King Institute of Preventive Medicine Micro-Biological Section reports 1909-11
Year: 1909
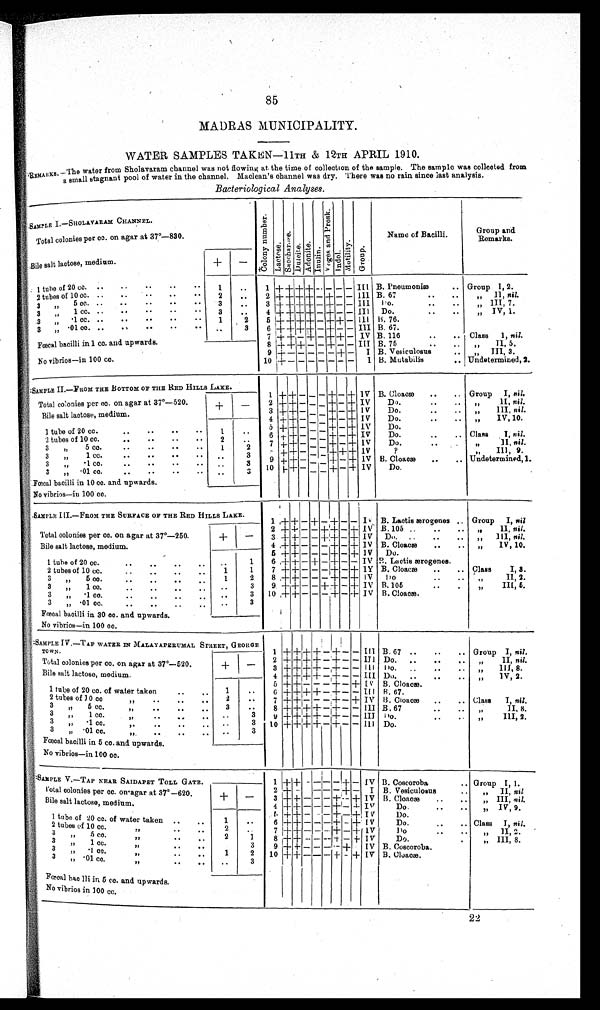
85
MADRAS MUNICIPALITY.
WATER SAMPLES TAKEN—11TH & 12TH APRIL 1910.
REMARKS—The water from Sholavaram channel was not flowing at the time of collection of the sample. The sample was collected from
a small stagnant pool of water in the channel. Maclean's channel was dry. There was no rain since last analysis.
Bacteriological Analyses.
SAMPLE I.—SHOLAVARAM CHANNEL.
C o l o n y n u m b e r . Lactose.Sacchar os e.Dul ci t e.Adonite.Inulin. V o g e s a n d P r o s k . Indol.Mot i l i t y. Group.
Name of Bacilli.
Group and
Remarks.
Total colonies per cc. on agar at 37°—830.
Bile salt lactose, medium.
+
−
1 tube of 20 cc.
1
1
+ + + + − − − −
I I I B . P n e u m o n i æ
Group I, 2.
2 tubes of 10 cc.
2
2 + + + + − + − −
I I I B. 67
„ II, nil.
3 „ 5 cc.
3
3
+ + + + − + − −
I I I
Do.
„ III, 7.
3 „ 1 cc.
3
4 + + + + − + − −
I I I Do.
„ IV, 1.
3 „ •1. cc.
1 2
5 + + + + − + + −
I I I B. 76.
3 „ •01 cc.
3
6 + + + + − + − −
I I I B. 67.
Fœcal bacilli in 1 cc. and upwards.
7 + + − + − + + −
I V B. 116
Class 1, nil.
8 + + + − − + − −
I I I B. 75
„ II, 5.
9 + − − − − − + −
I B. Vesiculosus
„ III, 3.
No vibrios—in 100 cc.
10 + − − − − − − −
I B. Mutabilis
Undetermined, 2.
SAMPLE II.—FROM THE BOTTOM OF THE RED HILLS LAKE.
Total colonies per cc. on agar at 37°—520.
+
−
1
+ + − − − + − +
I V
B. Cloaeæ
Group I, nil.
2 + + − − − + − +
I V
Do.
„ II, nil.
B i l e s a l t l a c t o s e ,
medium
3 + + − − − + − +
I V
Do.
„ III, nil.
4 + + − − − + − + I V
Do.
„ IV, 10.
5 + + − − − + − + I V
Do.
1 tube of 20 cc.
1
6 ++ − − − + − + I V
Do.
Class I, nil.
2 tubes of 10 cc.
2
7 + + − − -− + − +
I V
Do.
„ II, nil.
3 „ 5 cc.
1 2
8 + + − − − + + +
I V
?
„ III,9.
3 „ 1 cc.
3
9 + + − − − + − +
I V B. Cloacæ
Undetermined, 1.
3 „ •1. cc.
3
10 + + − −
− + − +
I V
Do.
3 „ •01 cc.
3
Fœcal bacilli in 10 cc. and upwards.
No vibrios—in 100 cc.
SAMPLE III.—FROM THE SURFACE OF THE RED HILL LAKE.
1 +
+ − + − +
− −
I V B. Lactis ærogenes
Group I, nil
2 + + − − + + − +
I V B. 105
„ II, nil.
Total colonies per cc. on agar at 37°—250.
+
−
3 + + − − + + − +
I V
Do.
„ III, nil.
Bile salt lactose, medium.
4 + + − − − + − +
I V B. Cloacæ
„ IV, 10.
5 + + − − − + − +
I V
Do.
1 tube of 20 cc.
1
6 + + − + − + − −
I V B. Lactis ærogenes.
2 tubes of 10 cc.
1
1
7 + + − − − + − +
I V B. Cloacæ
Class I, 3.
3 „ 5 cc.
1
2
8 + + − − − + − +
I V
Do.
„ II,2.
3 „ 1 cc.
3
9 + + − − + + − +
I V B.105
„ III, 5.
3 „ •1. cc.
3
1 0
+ + − − − + − +
I V B. Cloacæ.
3 „ •01 cc.
3
Fœcal bacilli in 30 cc. and upwards.
No vibrios—in 100 cc.
SAMPLE IV.—TAP WATER IN MALAYAPERUMAL STREET,GEORG
E TOWN.
1 + + + + − + − −
I I I B. 67
Group I, nil.
Total colonies per cc. on agar at 37°—520.
+
−
2 + + + + − + − −
I I I
Do.
„ II, nil.
Bile salt lactose, medium,
3 + + + + − + − −
I I I Do.
„ III, 8.
4 + + + + − + − −
I I I
Do.
„ IV, 2.
5 + + − − − + − +
I V
B. Cloacæ.
1 tube of 20 cc. of water taken.
1
6 + + + + − + − −
I I I B. 67.
2 tubes of 10 cc. „
2
7 + + − − − + − +
I V
B. Cloacæ
Class I, nil.
3 „ 5 cc. „
3
8 + + + + − + − −
I I I B, 67
„ II, 8.
3 „ 1 cc. „
3
9 + + + + − + − −
I I I
Do.
„ III, 2.
3 „ •1. cc. „
3
1 0
+ + + + − + − −
I I I
Do.
3 „ •01 cc. „
3
Fœcal bacilli in 5 cc. and upwards.
No vibrios—in 100 cc.
SAMPLE V.—TAP NEAR SAIDAPET TOLL GATE.
1 + + − −
− − + −
I V B. Coscoroba
Group I, 1.
Total colonies per cc. on•agar at 37°—620
+
−
2 + − − − − − + −
I
B. Vesiculosus
„ II, nil.
3 + + − − − + − +
I V
B. Cloacæ
„ III, nil.
Bilesalt lactose, medium
4 + + − − − + − +
I V
Do.
„ IV, 9.
5 + + − − − + − +
I V
Do.
1 tube of 20 of water taken
1
6 + + − − − + − +
I V
Do.
Class I, nil.
2 tubes of 10 cc. „
2
7 + + − − − + − +
I V
Do.
„ II, 2.
3 „ 5 c
c. „
2
1
8 + + − − − + − +
I V
Do.
„ III, 8.
3 „ 1 cc. „
3
9 + + − − − − + −
I V
B. Coscoroba.
3 „ •1. cc. „
1
2
1 0
+ + − − − + − +
I V
B. Cloacæ.
3 „ •01 cc.
„
3
Fœcal bac lli in 5 cc. and upwards.
No vibrios in 100 cc.
22